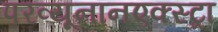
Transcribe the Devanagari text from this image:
परव्यूनानएक्स्ट्रा